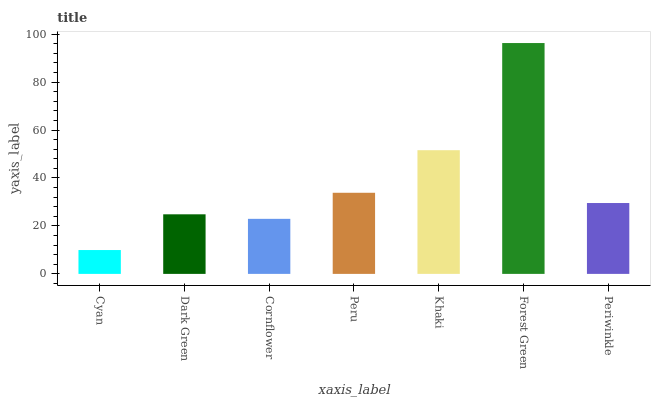
| xaxis_label | bars |
 | --- | --- |
 | Cyan | 9.95 |
 | Dark Green | 24.9 |
 | Cornflower | 23 |
 | Peru | 33.8 |
 | Khaki | 51.6 |
 | Forest Green | 96.3 |
 | Periwinkle | 29.6 |